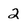
Character: 2